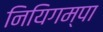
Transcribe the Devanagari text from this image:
नियिगम्‍पा